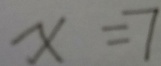
x = 7